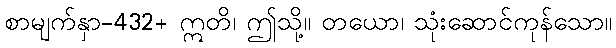
စာမျက်နှာ-432+ ဣတိ၊ ဤသို့။ တယော၊ သုံးဆောင်ကုန်သော။